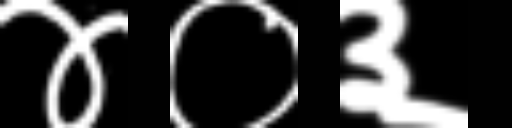
Text: ४०३